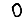
Digit: 0